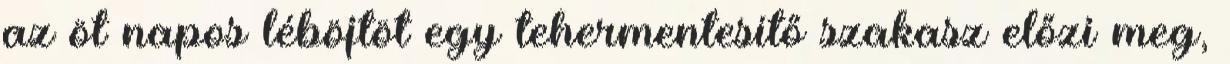
az öt napos léböjtöt egy tehermentesítő szakasz előzi meg,